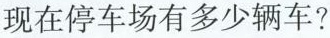
现在停车场有多少辆车?